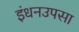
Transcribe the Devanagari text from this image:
इंधनउपसा